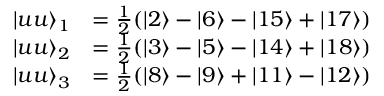
\begin{array} { r l } { \vert u u \rangle _ { 1 } } & { = \frac { 1 } { 2 } ( \vert 2 \rangle - \vert 6 \rangle - \vert 1 5 \rangle + \vert 1 7 \rangle ) } \\ { \vert u u \rangle _ { 2 } } & { = \frac { 1 } { 2 } ( \vert 3 \rangle - \vert 5 \rangle - \vert 1 4 \rangle + \vert 1 8 \rangle ) } \\ { \vert u u \rangle _ { 3 } } & { = \frac { 1 } { 2 } ( \vert 8 \rangle - \vert 9 \rangle + \vert 1 1 \rangle - \vert 1 2 \rangle ) } \end{array}